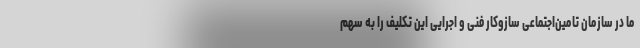
ما در سازمان تامین‌اجتماعی سازوکار فنی و اجرایی این تکلیف را به سهم